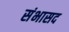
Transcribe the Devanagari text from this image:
संभासद